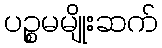
ပဉ္စမမျိုးဆက်